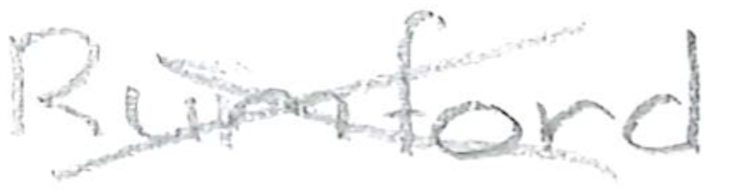
Text: Rumford
Cross-out: cross
Writing tool: pencil